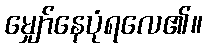
မျှော်နေပုံရလေ၏။